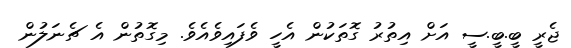
ޖެރީ ބީ.ބީ.ސީ އަށް އިތުރު ގޮތަކުން އެހީ ވެފައިވެއެވެ. މިގޮތުން އެ ޗެނަލުން